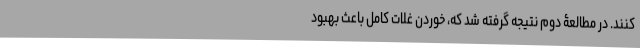
کنند. در مطالعۀ دوم نتیجه گرفته شد که، خوردن غلات کامل باعث بهبود